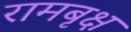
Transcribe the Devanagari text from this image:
रामबृक्ष